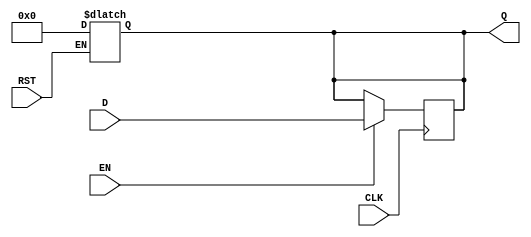
module DataRegister #(
    parameter WIDTH = 8  // Parameter for the width of the register
)(
    input wire [WIDTH-1:0] D,      // Data input
    input wire CLK,                  // Clock input
    input wire RST,                  // Reset input
    input wire EN,                   // Enable input (optional)
    output reg [WIDTH-1:0] Q         // Data output
);

    // Asynchronous reset
    always @(*) begin
        if (RST) begin
            Q <= {WIDTH{1'b0}};       // Clear the register to zero
        end
    end

    // Synchronous operation on clock edge
    always @(posedge CLK) begin
        if (EN) begin
            Q <= D;                   // Capture the input data on clock edge
        end
        // If EN is low, retain the previous value of Q
    end

endmodule